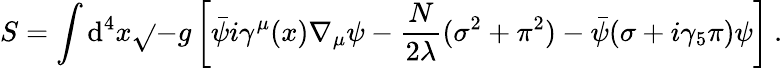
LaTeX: S=\int\mathrm{d}^{4}x\sqrt{}{{-g}}\left[\bar{{\psi}}i\gamma^{\mu}(x)\nabla_{\mu}\psi-\frac{{N}}{{2\lambda}}(\sigma^{2}+\pi^{2})-\bar{{\psi}}(\sigma+i\gamma_{5}\pi)\psi\right]\: .